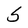
Character: S